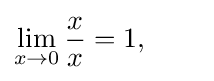
\lim _{x\to 0}{\frac {x}{x}}=1,\qquad